DOW-UAP-D25, Mission Report, Greece, January 2024
Agency: Department of War
Incident date: 1/25/24
Incident location: Mediterranean Sea
Page 7
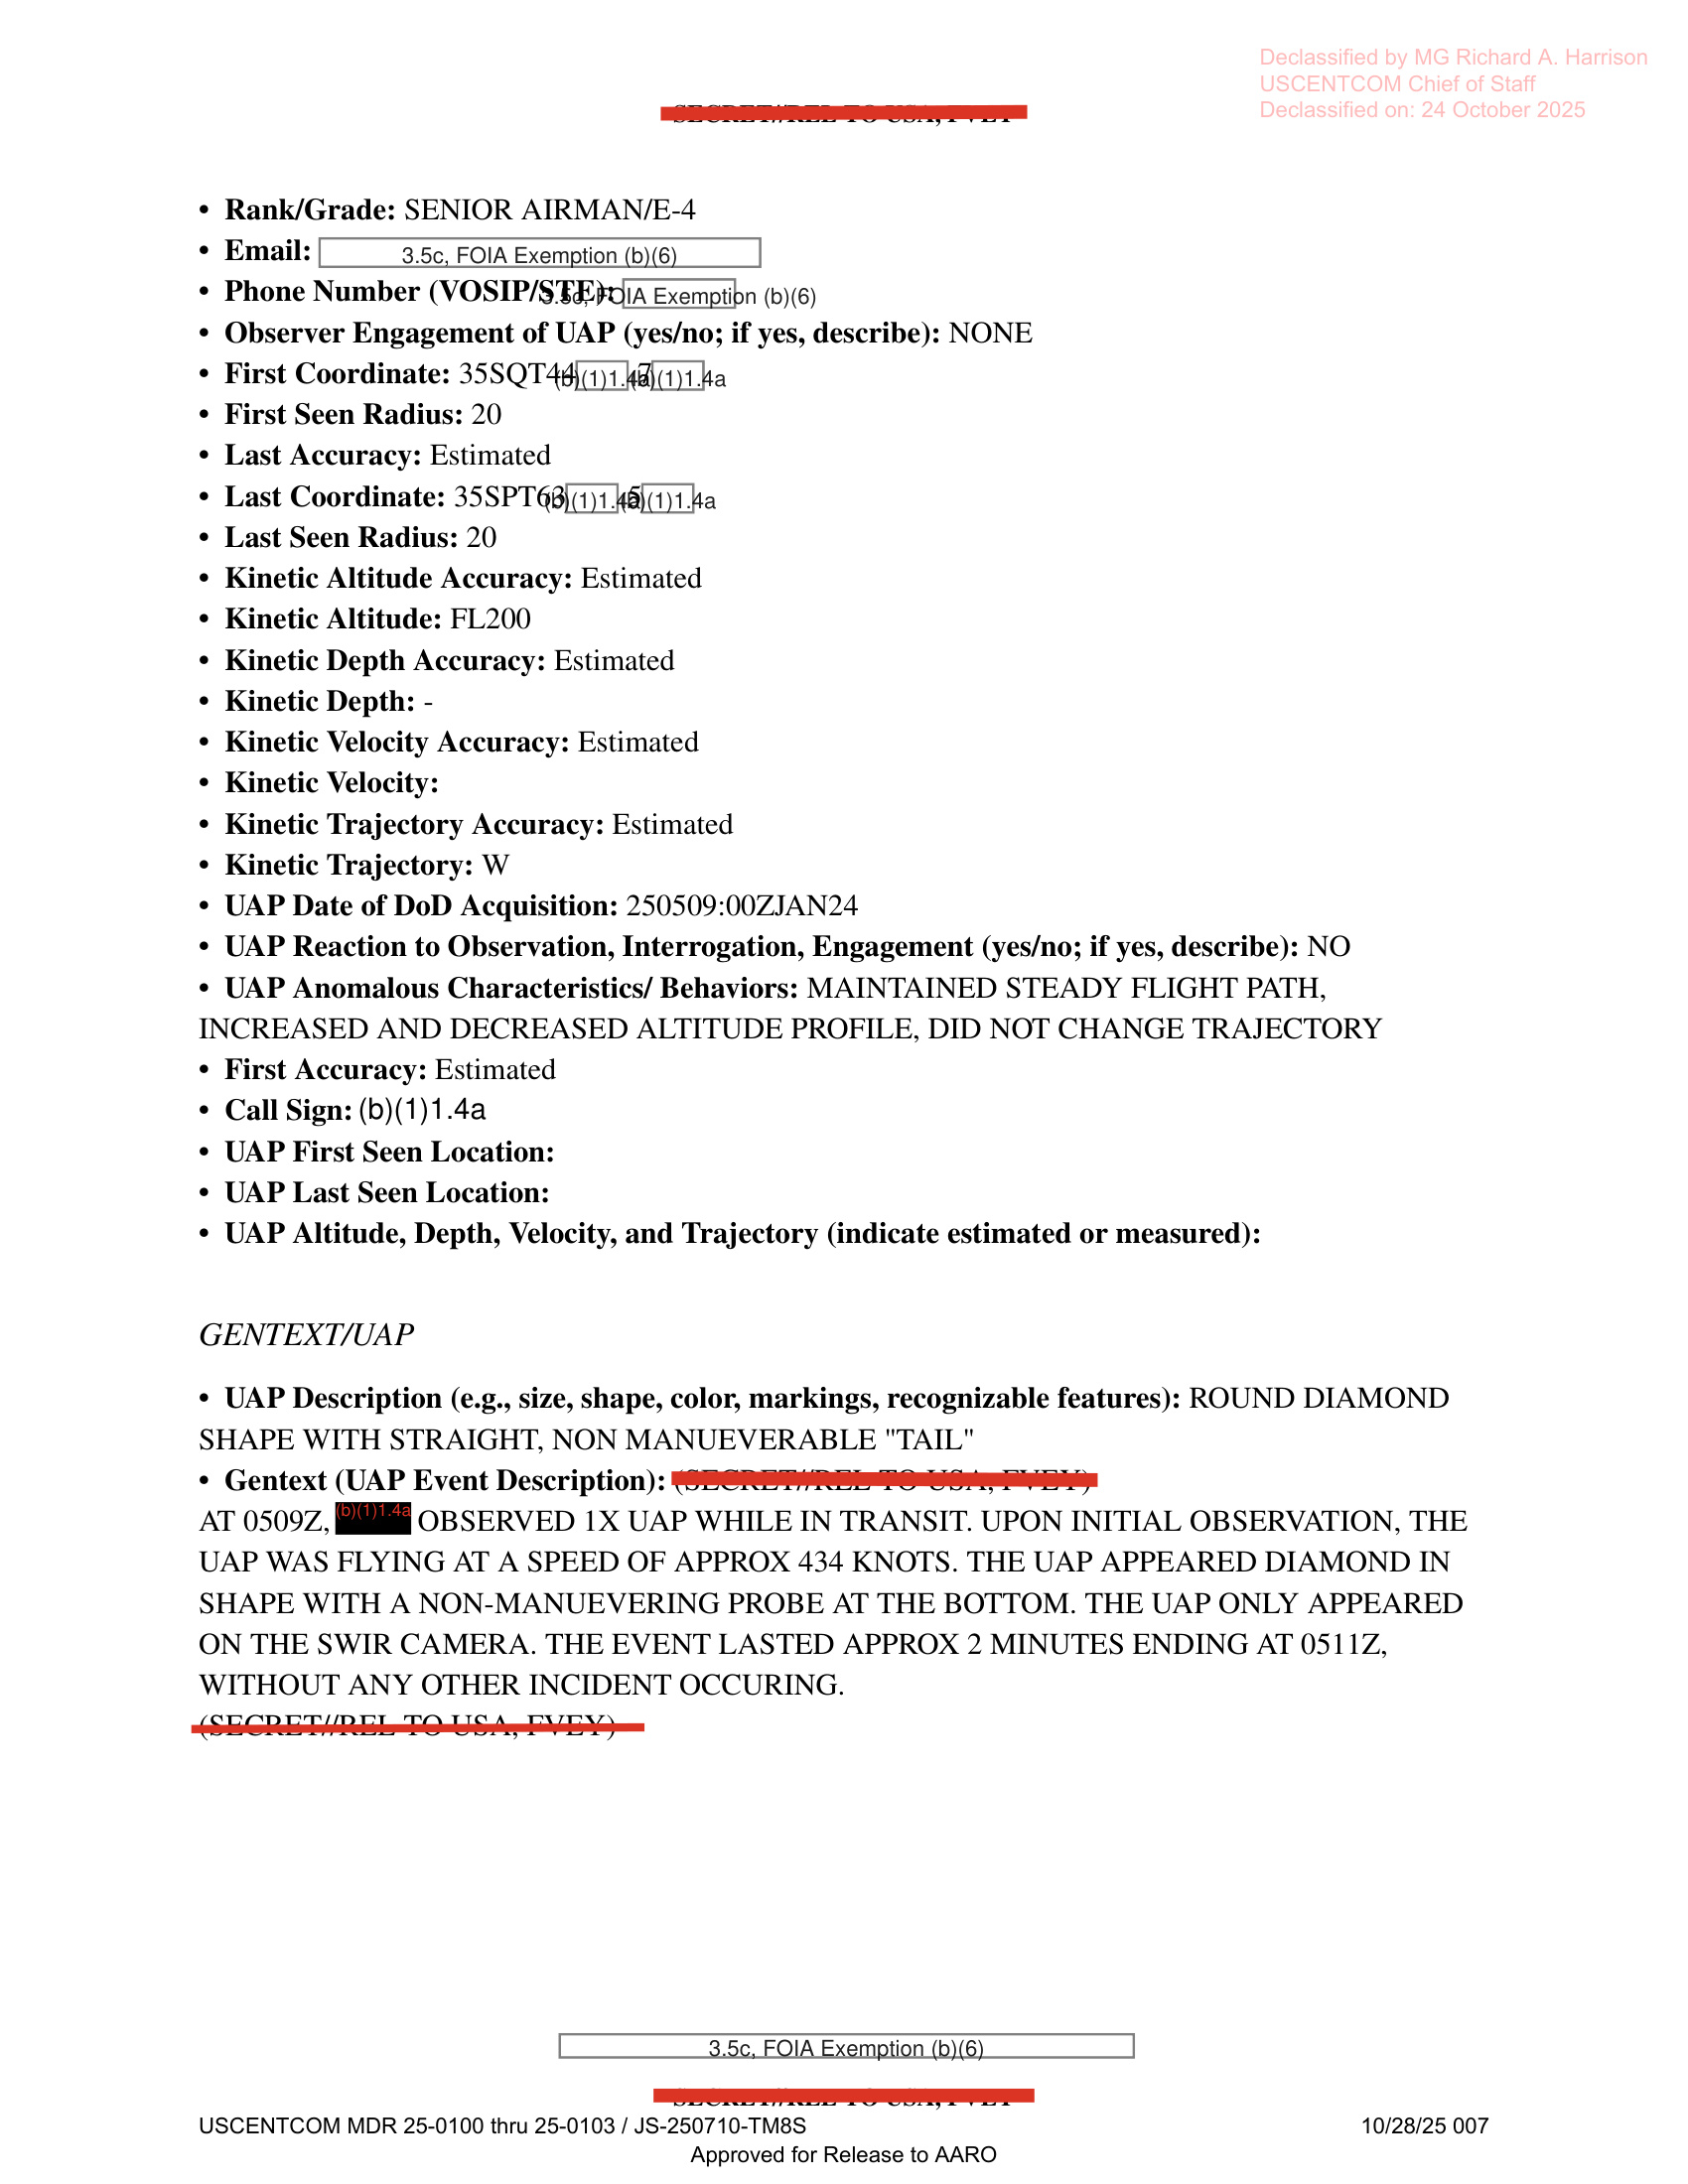